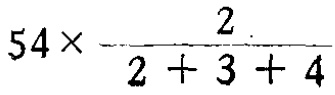
\(54\times\frac{2}{2 + 3 + 4}\)